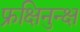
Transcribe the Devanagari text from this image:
फ्रक्षिनुन्क्ष